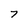
Character: 7